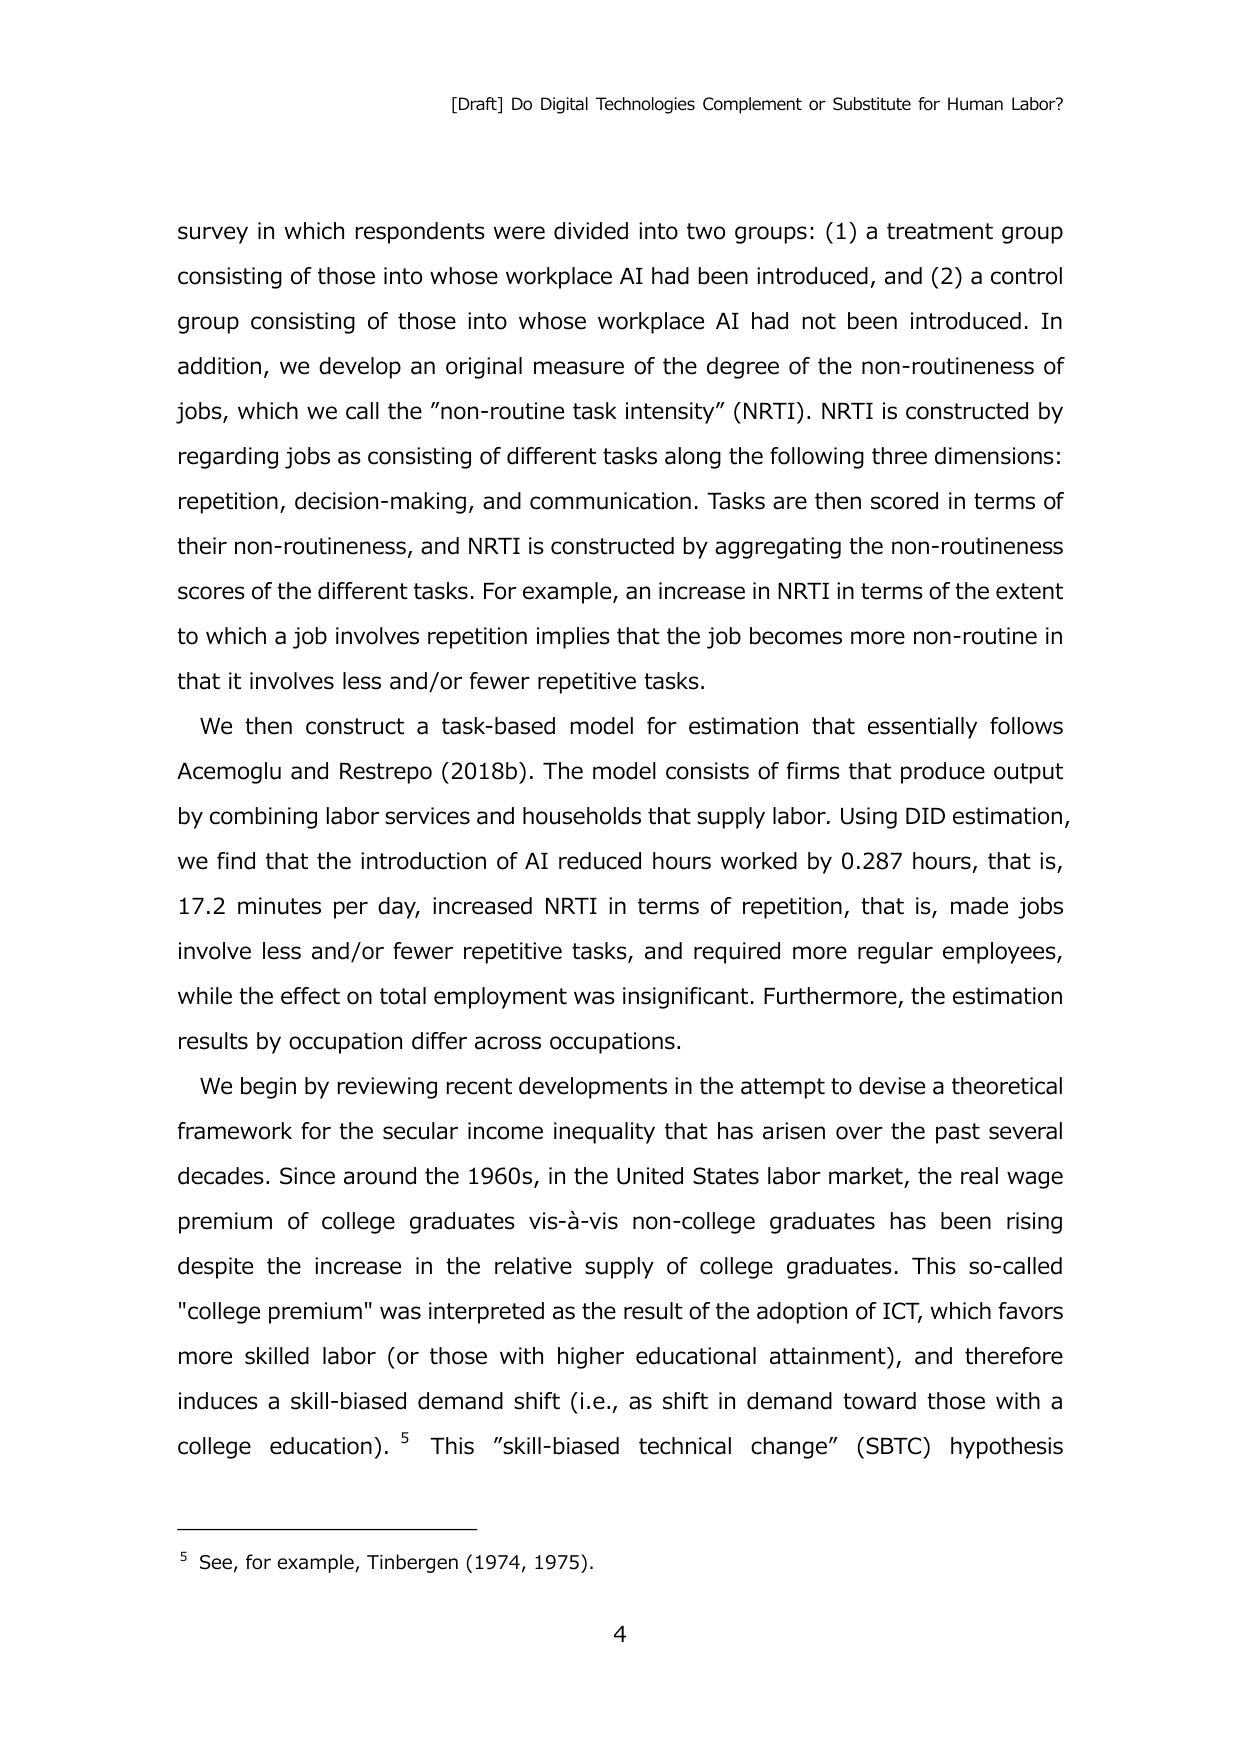
[Draft] Do Digital Technologies Complement or Substitute for Human Labor?

survey in which respondents were divided into two groups: (1) a treatment group consisting of those into whose workplace AI had been introduced, and (2) a control group consisting of those into whose workplace AI had not been introduced. In addition, we develop an original measure of the degree of the non-routineness of jobs, which we call the "non-routine task intensity" (NRTI). NRTI is constructed by regarding jobs as consisting of different tasks along the following three dimensions: repetition, decision-making, and communication. Tasks are then scored in terms of their non-routineness, and NRTI is constructed by aggregating the non-routineness scores of the different tasks. For example, an increase in NRTI in terms of the extent to which a job involves repetition implies that the job becomes more non-routine in that it involves less and/or fewer repetitive tasks.

We then construct a task-based model for estimation that essentially follows Acemoglu and Restrepo (2018b). The model consists of firms that produce output by combining labor services and households that supply labor. Using DID estimation, we find that the introduction of AI reduced hours worked by 0.287 hours, that is, 17.2 minutes per day, increased NRTI in terms of repetition, that is, made jobs involve less and/or fewer repetitive tasks, and required more regular employees, while the effect on total employment was insignificant. Furthermore, the estimation results by occupation differ across occupations.

We begin by reviewing recent developments in the attempt to devise a theoretical framework for the secular income inequality that has arisen over the past several decades. Since around the 1960s, in the United States labor market, the real wage premium of college graduates vis-à-vis non-college graduates has been rising despite the increase in the relative supply of college graduates. This so-called "college premium" was interpreted as the result of the adoption of ICT, which favors more skilled labor (or those with higher educational attainment), and therefore induces a skill-biased demand shift (i.e., as shift in demand toward those with a college education). 5 This "skill-biased technical change" (SBTC) hypothesis

5 See, for example, Tinbergen (1974, 1975).

4